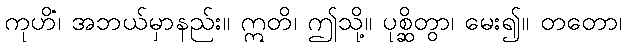
ကုဟိံ၊ အဘယ်မှာနည်း။ ဣတိ၊ ဤသို့။ ပုစ္ဆိတွာ၊ မေး၍။ တတော၊